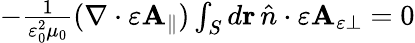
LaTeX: \begin{array}{r}{-\frac{1}{\varepsilon_{0}^{2}\mu_{0}}(\nabla\cdot\varepsilon\mathbf{A}_{\parallel})\int_{S}d\mathbf{r}\, \hat{n}\cdot\varepsilon\mathbf{A}_{\varepsilon\perp}=0}\end{array}